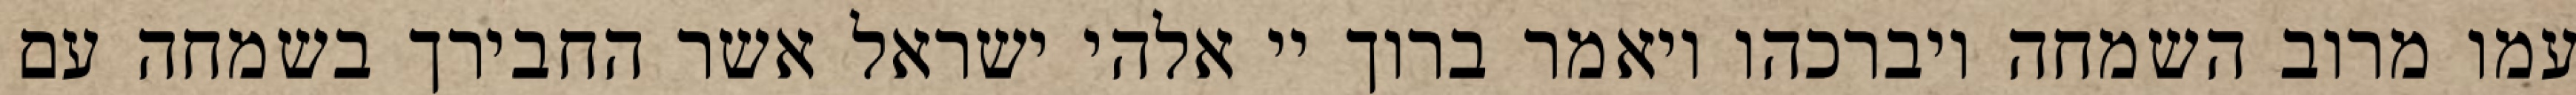
עמו מרוב השמחה ויברכהו ויאמר ברוך יי אלהי ישראל אשר החבירך בשמחה עם